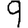
Digit: 9